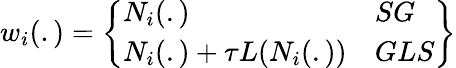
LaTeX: w_{i}(.)=\left\lbrace\begin{array}{ll}{N_{i}(.)}&{SG}\\ {N_{i}(.)+\tau L(N_{i}(.))}&{GLS}\end{array}\right\rbrace